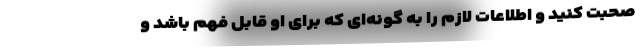
صحبت کنید و اطلاعات لازم را به گونه‌ای که برای او قابل فهم باشد و